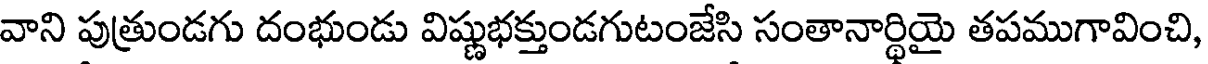
వాని పుత్రుండగు దంభుండు విష్ణుభక్తుండగుటంజేసి సంతానార్థియై తపముగావించి,